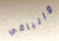
والباقي